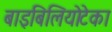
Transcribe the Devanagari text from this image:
बाइबिलियोटेका